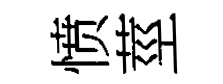
愤莖